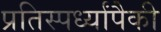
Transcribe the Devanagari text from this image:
प्रतिस्पर्ध्यांपैकी